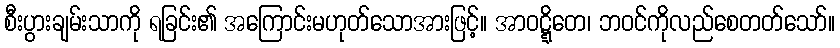
စီးပွားချမ်းသာကို ရခြင်း၏ အကြောင်းမဟုတ်သောအားဖြင့်။ အာဝဋ္ဋိတေ၊ ဘဝင်ကိုလည်စေတတ်သော်။